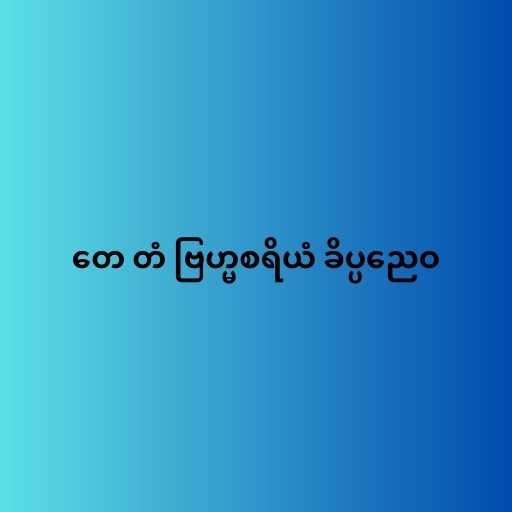
တေ တံ ဗြဟ္မစရိယံ ခိပ္ပညေဝ